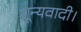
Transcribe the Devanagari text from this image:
शून्यवादी।